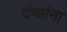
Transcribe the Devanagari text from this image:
दंग्यांना